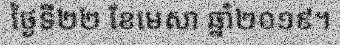
ថ្ងៃទី២២ ខែមេសា ឆ្នាំ២០១៩។